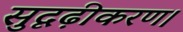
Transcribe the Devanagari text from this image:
सुदृढ़ीकरण।